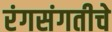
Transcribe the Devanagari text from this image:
रंगसंगतीचे